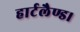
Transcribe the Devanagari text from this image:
हार्टलैण्ड।